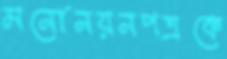
মনোনয়নপত্রকে